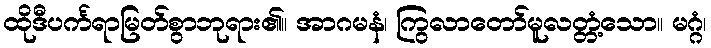
ထိုဒီပင်္ကရာမြတ်စွာဘုရား၏။ အာဂမနံ၊ ကြွလာတော်မူလတ္တံ့သော။ မဂ္ဂံ၊